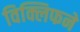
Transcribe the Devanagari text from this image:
विक्लिफने